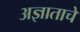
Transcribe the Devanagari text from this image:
अज्ञाताचे